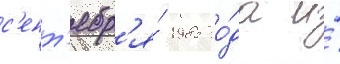
с'ент'ябр'я́ 1985 го́да и́